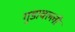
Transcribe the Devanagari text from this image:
गुडावल्ली